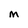
Character: M